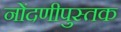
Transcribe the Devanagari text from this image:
नोंदणीपुस्तक